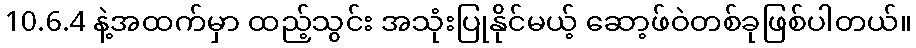
10.6.4 နဲ့အထက်မှာ ထည့်သွင်း အသုံးပြုနိုင်မယ့် ဆော့ဖ်ဝဲတစ်ခုဖြစ်ပါတယ်။